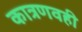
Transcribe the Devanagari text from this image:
कात्रणवही